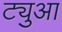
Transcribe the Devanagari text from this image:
ट्युआ